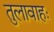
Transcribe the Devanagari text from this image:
तुलावाहः